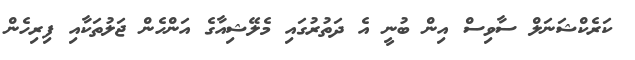
ކަރެކްޝަނަލް ސާވިސް އިން ބުނީ އެ ދަތުރުގައި މެލޭޝިއާގެ އަންހެން ޖަލުތަކާއި ފިރިހެން